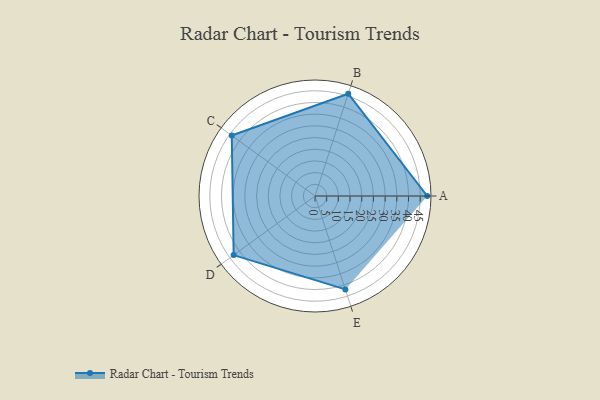
{"axis": {"x": "Skill", "y": "Score"}, "legend": ["Profile"], "data": [{"x": "A", "y": 48.0, "type": "Profile"}, {"x": "B", "y": 46.0, "type": "Profile"}, {"x": "C", "y": 44.0, "type": "Profile"}, {"x": "D", "y": 43.0, "type": "Profile"}, {"x": "E", "y": 42.0, "type": "Profile"}]}